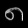
Digit: ၈